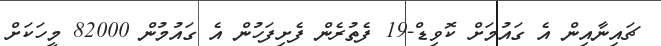
ޗައިނާއިން އެ ގައުމަށް ކޮވިޑް-19 ފެތުރެން ފެށިފަހުން އެ ގައުމުން 82000 މީހަަކަށް